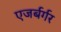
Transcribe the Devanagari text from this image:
एजर्बर्गर